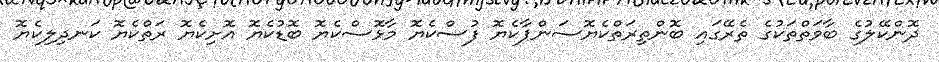
ދޮންކޭލުގެ ބާވަތްތަކުގެ ތެރޭގައި ބޮންތިރަތްކެޔޮސަންޕާކެޔޮ ފުސްކެޔޮ މާޅޮސްކެޔޮ ބޮޑުކެޔޮ އޮށިކެޔޮ ރަތްކެޔޮ ކަނދިލިކެޔޮ